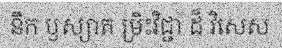
នឹក ឫស្យាត ម្រិះវិជ្ជា ដ៏ វិសេស